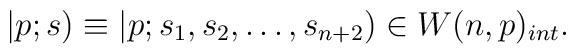
|p;s)\equiv |p;s_1,s_2,\ldots,s_{n+2})\in W(n,p)_{int}.